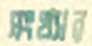
সংখ্যার